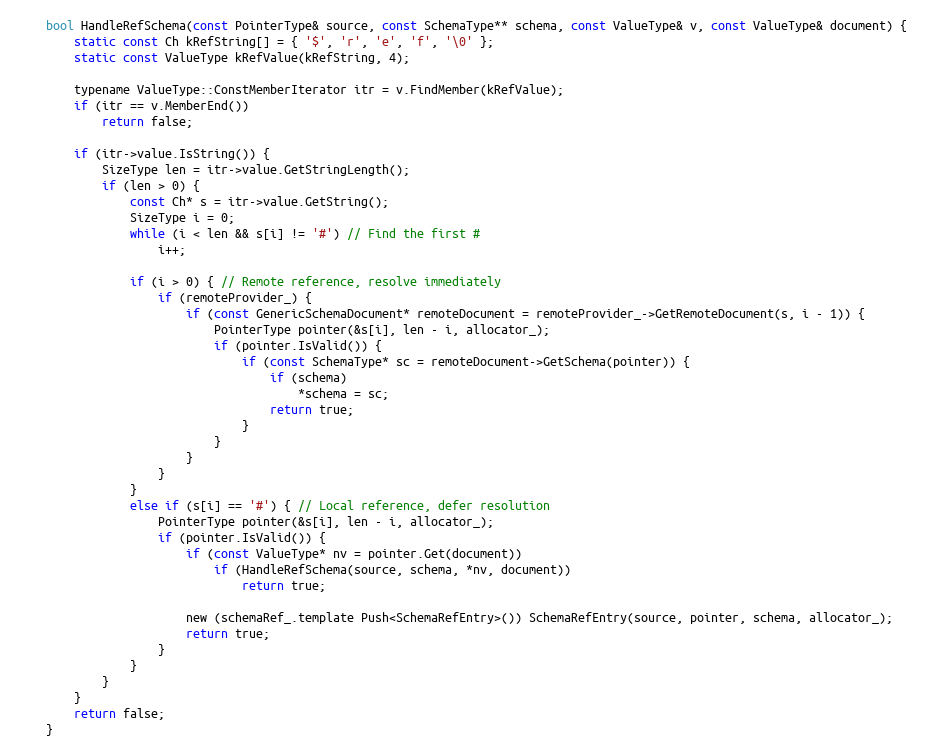
Language: C
    bool HandleRefSchema(const PointerType& source, const SchemaType** schema, const ValueType& v, const ValueType& document) {
        static const Ch kRefString[] = { '$', 'r', 'e', 'f', '\0' };
        static const ValueType kRefValue(kRefString, 4);

        typename ValueType::ConstMemberIterator itr = v.FindMember(kRefValue);
        if (itr == v.MemberEnd())
            return false;

        if (itr->value.IsString()) {
            SizeType len = itr->value.GetStringLength();
            if (len > 0) {
                const Ch* s = itr->value.GetString();
                SizeType i = 0;
                while (i < len && s[i] != '#') // Find the first #
                    i++;

                if (i > 0) { // Remote reference, resolve immediately
                    if (remoteProvider_) {
                        if (const GenericSchemaDocument* remoteDocument = remoteProvider_->GetRemoteDocument(s, i - 1)) {
                            PointerType pointer(&s[i], len - i, allocator_);
                            if (pointer.IsValid()) {
                                if (const SchemaType* sc = remoteDocument->GetSchema(pointer)) {
                                    if (schema)
                                        *schema = sc;
                                    return true;
                                }
                            }
                        }
                    }
                }
                else if (s[i] == '#') { // Local reference, defer resolution
                    PointerType pointer(&s[i], len - i, allocator_);
                    if (pointer.IsValid()) {
                        if (const ValueType* nv = pointer.Get(document))
                            if (HandleRefSchema(source, schema, *nv, document))
                                return true;

                        new (schemaRef_.template Push<SchemaRefEntry>()) SchemaRefEntry(source, pointer, schema, allocator_);
                        return true;
                    }
                }
            }
        }
        return false;
    }